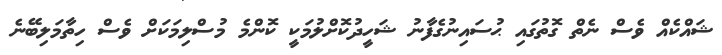
ޝައްކެއް ވެސް ނެތް ގޮތުގައި ޙުސައިނުގެފާނު ޝަހީދުކޮށްލުމަކީ ކޮންމެ މުސްލިމަކަށް ވެސް ހިތާމަލިބޭނެ